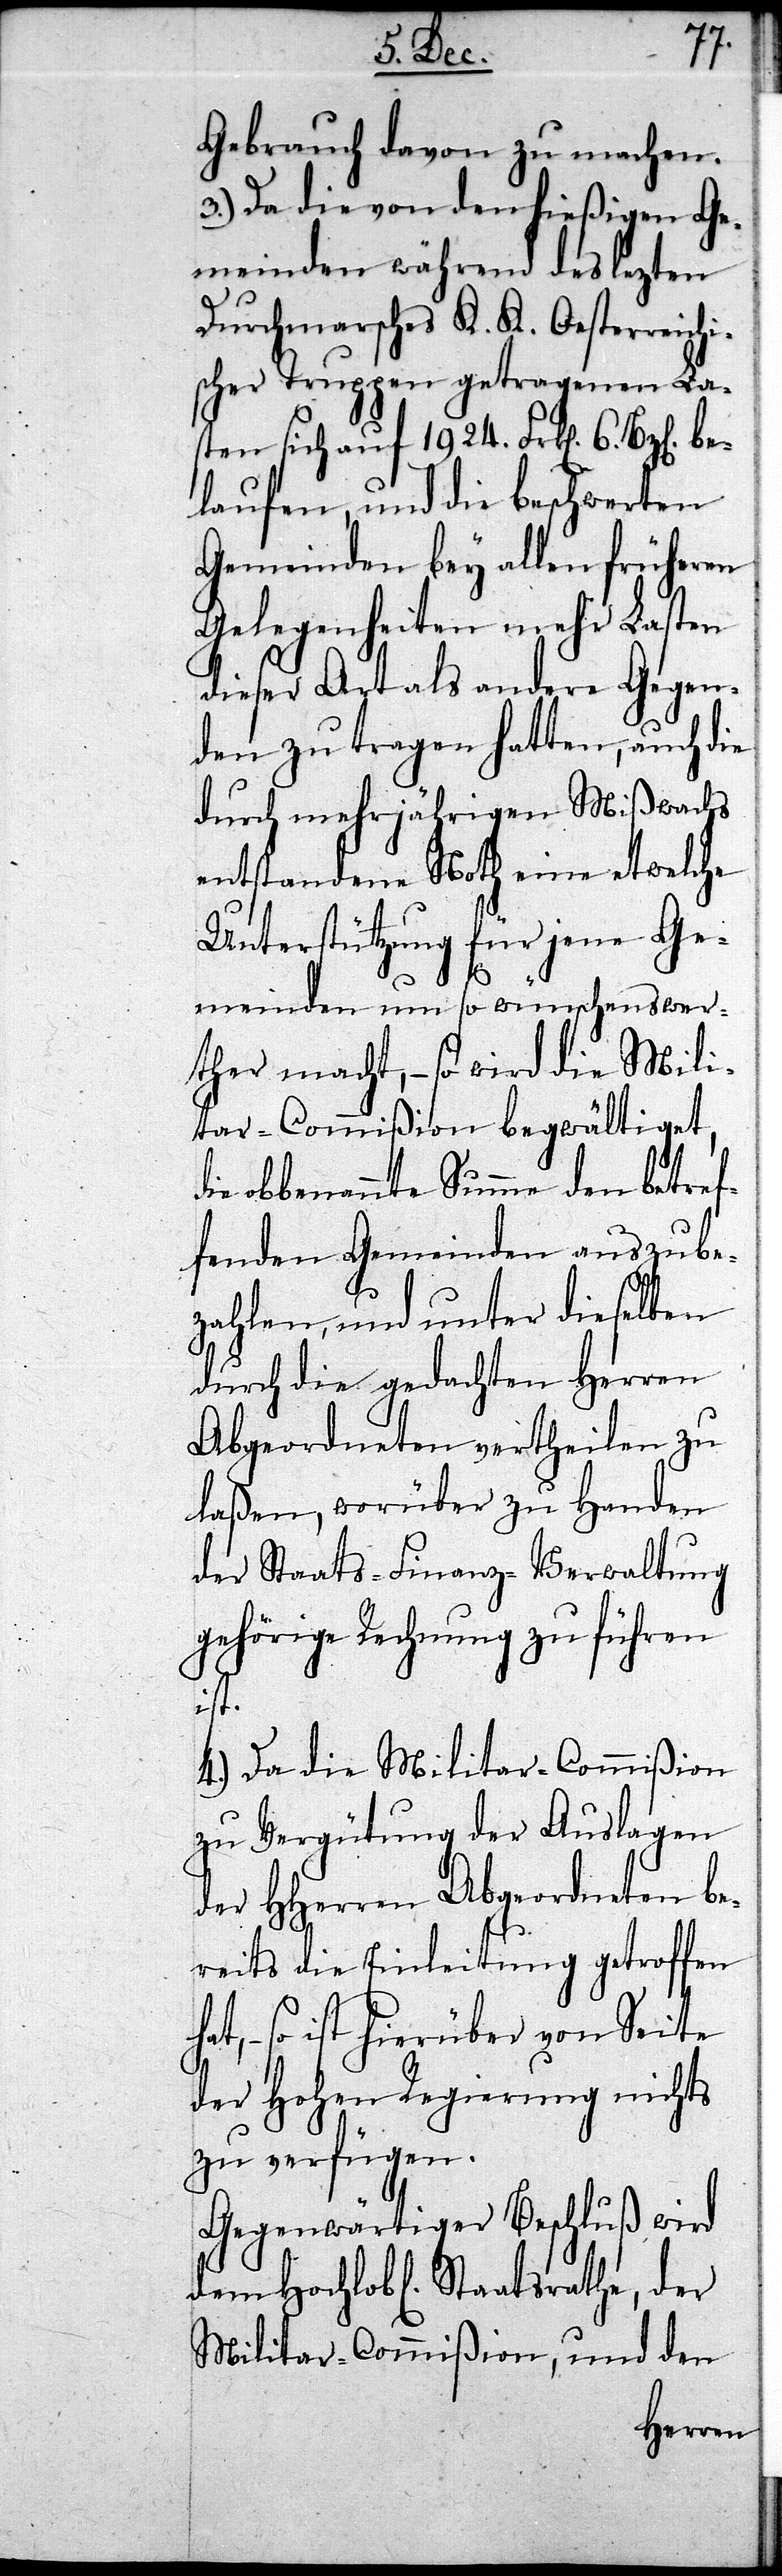
Gebrauch davon zu machen.
3.) Da die von den hießigen Ge¬
meinden während des lezten
Durchmarsches K. K. Oesterreich¬
cher Truppen getragenen La¬
sten sich auf 1924. Frken 6. Bzen
belaufen, und die beschwerten
Gemeinden bey allen früheren
Gelegenheiten mehr Lasten
dieser Art als andere Gegen¬
den zu tragen hatten, auch die
durch mehrjährigen Mißwachs
entstandene Noth eine etwelche
Unterstützung für jene Ge¬
meinden um so wünschenswer¬
ther macht, – so wird die Mili¬
tar-Commißion begwältiget,
die obbenannte Summe den betref¬
fenden Gemeinden auszube¬
zahlen, und unter dieselben
durch die gedachten Herren
Abgeordneten vertheilen zu
laßen, worüber zu Handen
der Staats-Finanz-Verwalthung
gehörige Rechnung zu führen
ist.
4.) Da die Militar-Commißion
zu Vergütung der Auslagen
der HHerren Abgeordneten be¬
reits die Einleitung getroffen
– so ist hierüber von Seite
der Hohen Regierung nichts
zu verfügen.
Gegenwärtiger Beschluß wird
dem Hochlobl. Staatsrathe, der
Militar-Commißion, und den